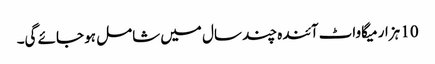
10 ہزار میگاواٹ آئندہ چند سال میں شامل ہو جائے گی۔